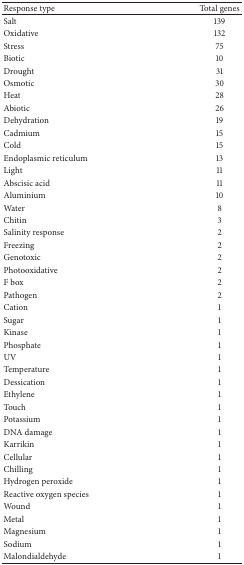
| Response type | Total genes |
 | --- | --- |
 | Salt | 139 |
 | Oxidative | 132 |
 | Stress | 75 |
 | Biotic | 10 |
 | Drought | 31 |
 | Osmotic | 30 |
 | Heat | 28 |
 | Abiotic | 26 |
 | Dehydration | 19 |
 | Cadmium | 15 |
 | Cold | 15 |
 | Endoplasmic reticulum | 13 |
 | Light | 11 |
 | Abscisic acid | 11 |
 | Aluminium | 10 |
 | Water | 8 |
 | Chitin | 3 |
 | Salinity response | 2 |
 | Freezing | 2 |
 | Genotoxic | 2 |
 | Photooxidative | 2 |
 | F box | 2 |
 | Pathogen | 2 |
 | Cation | 1 |
 | Sugar | 1 |
 | Kinase | 1 |
 | Phosphate | 1 |
 | UV | 1 |
 | Temperature | 1 |
 | Dessication | 1 |
 | Ethylene | 1 |
 | Touch | 1 |
 | Potassium | 1 |
 | DNA damage | 1 |
 | Karrikin | 1 |
 | Cellular | 1 |
 | Chilling | 1 |
 | Hydrogen peroxide | 1 |
 | Reactive oxygen species | 1 |
 | Wound | 1 |
 | Metal | 1 |
 | Magnesium | 1 |
 | Sodium | 1 |
 | Malondialdehyde | 1 |